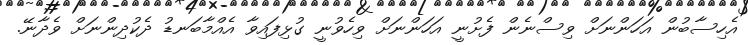
އެހިސާބުން އަހަންނަށް ވިސްނެން ފެށުނީ އަހަންނަށް ވިހެވުނީ ގުޅިފައިވާ އެއްމާބަނޑު ދެކުދިންނަށް ވެދާނޭ.